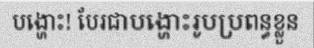
បង្ហោះ! បែរជាបង្ហោះរូបប្រពន្ធខ្លួន